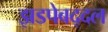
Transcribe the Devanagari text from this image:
झडपेबद्दल